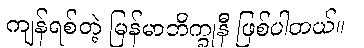
ကျန်ရစ်တဲ့ မြန်မာဘိက္ခုနီ ဖြစ်ပါတယ်။